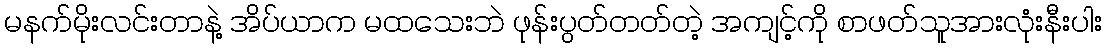
မနက်မိုးလင်းတာနဲ့ အိပ်ယာက မထသေးဘဲ ဖုန်းပွတ်တတ်တဲ့ အကျင့်ကို စာဖတ်သူအားလုံးနီးပါး